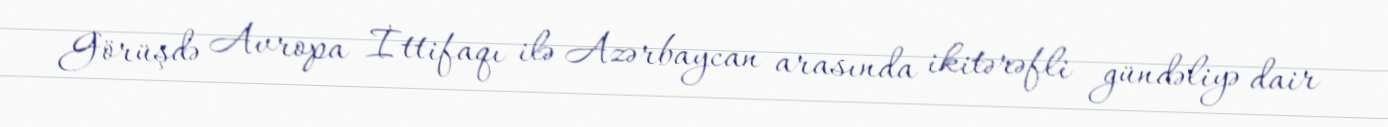
Görüşdə Avropa İttifaqı ilə Azərbaycan arasında ikitərəfli gündəliyə dair